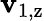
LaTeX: \mathbf{v}_{\mathrm{{1,z}}}